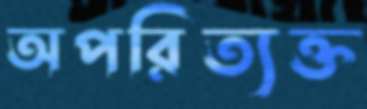
অপরিত্যক্ত